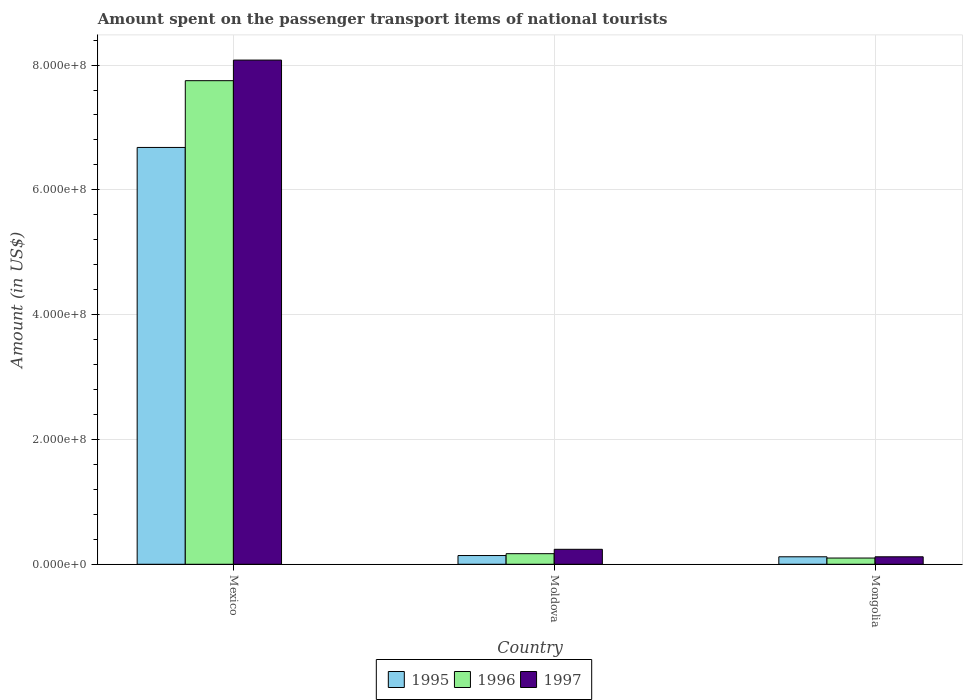
| Country | 1995 | 1996 | 1997 |
 | --- | --- | --- | --- |
 | Mexico | 6.68e+08 | 7.75e+08 | 8.08e+08 |
 | Moldova | 1.4e+07 | 1.7e+07 | 2.4e+07 |
 | Mongolia | 1.2e+07 | 1e+07 | 1.2e+07 |